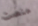
منصت